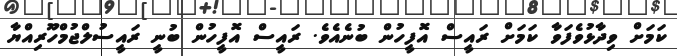
ކަމަށް ވިދާޅުވެފަވާ ކަމަށް ރައީސް އޮފީހުން ބުނެއެވެ. ރައީސް އޮފީހުން ބުނީ ރައީސުލްޖުމްހޫރިއްޔާ